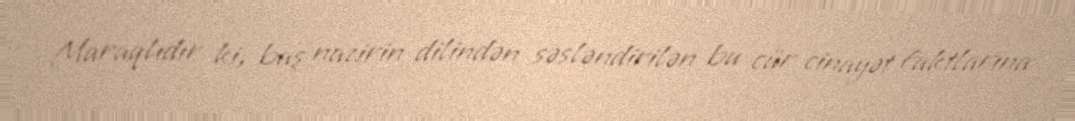
Maraqlıdır ki, baş nazirin dilindən səsləndirilən bu cür cinayət faktlarına